Code of medical and sanitary regulations for the guidance of medical officers serving in the Madras Presidency - Volume II
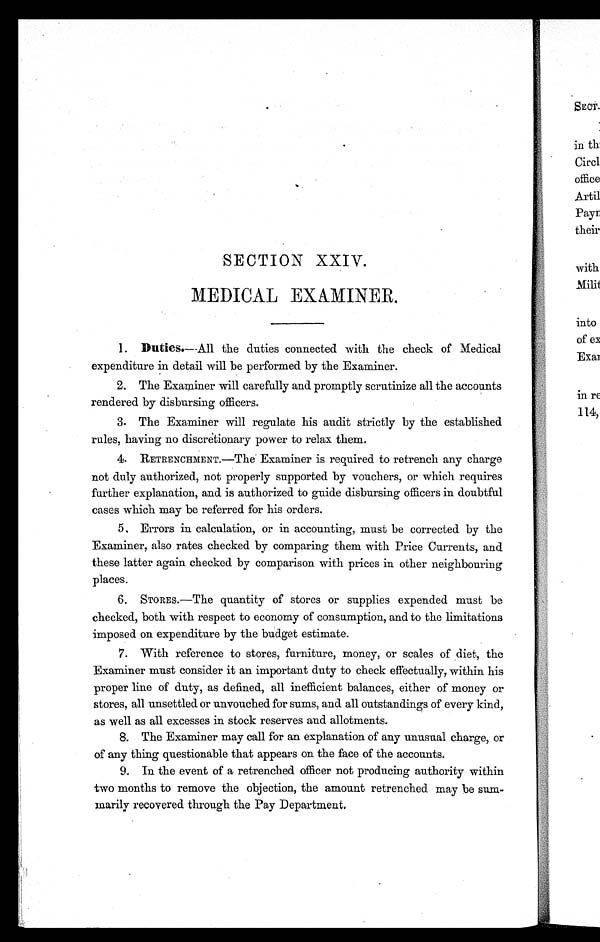
SECTION XXIV.
MEDICAL EXAMINER.
1. Duties.—All the duties connected with the check of Medical
expenditure in detail will be performed by the Examiner.
2. The Examiner will carefully and promptly scrutinize all the accounts
rendered by disbursing officers.
3. The Examiner will regulate his audit strictly by the established
rules, having no discretionary power to relax them.
4.
RETRENCHMENT.—The Examiner is required to retrench any charge
not duly authorized, not properly supported by vouchers, or which requires
further explanation, and is authorized to guide disbursing officers in doubtful
cases which may be referred for his orders.
5. Errors in calculation, or in accounting, must be corrected by the
Examiner, also rates checked by comparing them with Price Currents, and
these latter again checked by comparison with prices in other neighbouring
places.
6. STORES.—The quantity of stores or supplies expended must be
checked, both with respect to economy of consumption, and to the limitations
imposed on expenditure by the budget estimate.
7. With reference to stores, furniture, money, or scales of diet, the
Examiner must consider it an important duty to check effectually, within his
proper line of duty, as defined, all inefficient balances, either of money or
stores, all unsettled or unvouched for sums, and all outstandings of every kind,
as well as all excesses in stock reserves and allotments.
8. The Examiner may call for an explanation of any unusual charge, or
of any thing questionable that appears on the face of the accounts.
9. In the event of a retrenched officer not producing authority within
two months to remove the objection, the amount retrenched may be sum-
marily recovered through the Pay Department.